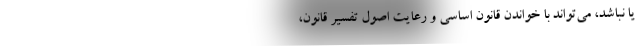
یا نباشد، می‌تواند با خواندن قانون اساسی و رعایت اصول تفسیر قانون،